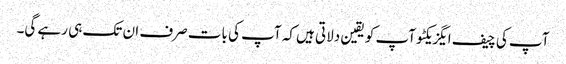
آپ کی چیف ایگزیکٹو آپ کو یقین دلاتی ہیں کہ آپ کی بات صرف ان تک ہی رہے گی۔